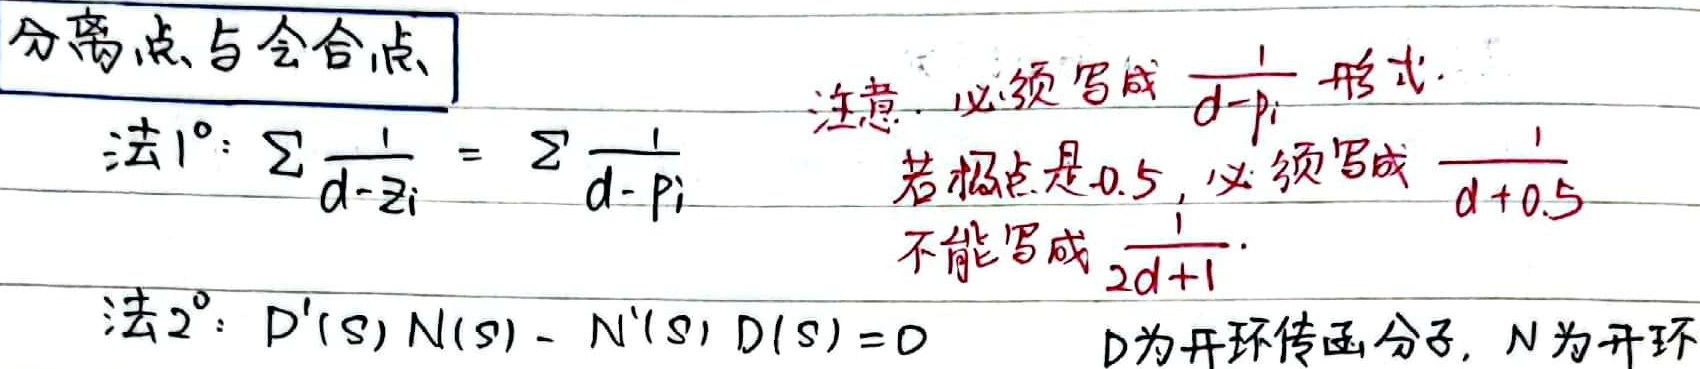
分离点与会合点
法1°：\(\sum\frac{1}{d - z_{i}}=\sum\frac{1}{d - p_{i}}\)
注意：必须写成 \(\frac{1}{d - p_{i}}\) 形式。若极点是 \(- 0.5\)，必须写成 \(\frac{1}{d + 0.5}\)，不能写成 \(\frac{1}{2d + 1}\)。

法2°：\(D^{\prime}(s)N(s)-N^{\prime}(s)D(s)=0\) ，\(D\) 为开环传函分子，\(N\) 为开环 。